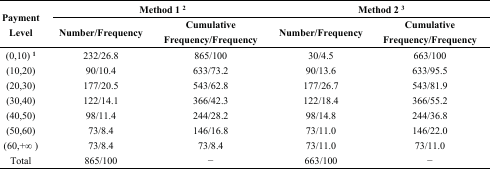
<table><thead><tr><td rowspan="2"><b>Payment Level</b></td><td colspan="2"><b>Method 1 <sup>2</sup></b></td><td colspan="2"><b>Method 2 <sup>3</sup></b></td></tr><tr><td><b>Number/Frequency</b></td><td><b>Cumulative Frequency/Frequency</b></td><td><b>Number/Frequency</b></td><td><b>Cumulative Frequency/Frequency</b></td></tr></thead><tbody><tr><td>(0,10) <sup>1</sup></td><td>232/26.8</td><td>865/100</td><td>30/4.5</td><td>663/100</td></tr><tr><td>(10,20)</td><td>90/10.4</td><td>633/73.2</td><td>90/13.6</td><td>633/95.5</td></tr><tr><td>(20,30)</td><td>177/20.5</td><td>543/62.8</td><td>177/26.7</td><td>543/81.9</td></tr><tr><td>(30,40)</td><td>122/14.1</td><td>366/42.3</td><td>122/18.4</td><td>366/55.2</td></tr><tr><td>(40,50)</td><td>98/11.4</td><td>244/28.2</td><td>98/14.8</td><td>244/36.8</td></tr><tr><td>(50,60)</td><td>73/8.4</td><td>146/16.8</td><td>73/11.0</td><td>146/22.0</td></tr><tr><td>(60,+∞ )</td><td>73/8.4</td><td>73/8.4</td><td>73/11.0</td><td>73/11.0</td></tr><tr><td>Total</td><td>865/100</td><td>−</td><td>663/100</td><td>−</td></tr></tbody></table>